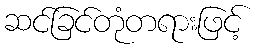
ဆင်ခြင်တုံတရားဖြင့်